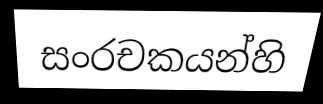
සංරචකයන්හි